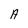
Character: A